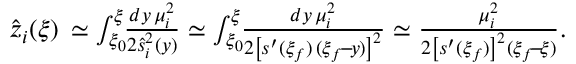
\begin{array} { r } { \hat { z } _ { i } ( \xi ) \, \simeq \int _ { \xi _ { 0 } } ^ { \xi } \! \! \frac { d y \, \mu _ { i } ^ { 2 } } { 2 \hat { s } _ { i } ^ { 2 } ( y ) } \simeq \int _ { \xi _ { 0 } } ^ { \xi } \! \! \frac { d y \, \mu _ { i } ^ { 2 } } { 2 \left[ s ^ { \prime } ( \xi _ { f } ) \, ( \xi _ { f } \! - \! y ) \right] ^ { 2 } } \simeq \frac { \mu _ { i } ^ { 2 } } { 2 \left[ s ^ { \prime } ( \xi _ { f } ) \right] ^ { 2 } ( \xi _ { f } \! - \! \xi ) } . } \end{array}